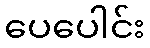
ပေပေါင်း